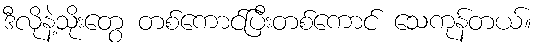
ဒီလိုနဲ့သိုးတွေ တစ်ကောင်ပြီးတစ်ကောင် သေကုန်တယ်။